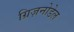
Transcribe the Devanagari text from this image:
ग्रिज़नोडेल